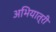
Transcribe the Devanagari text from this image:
अभियात्री